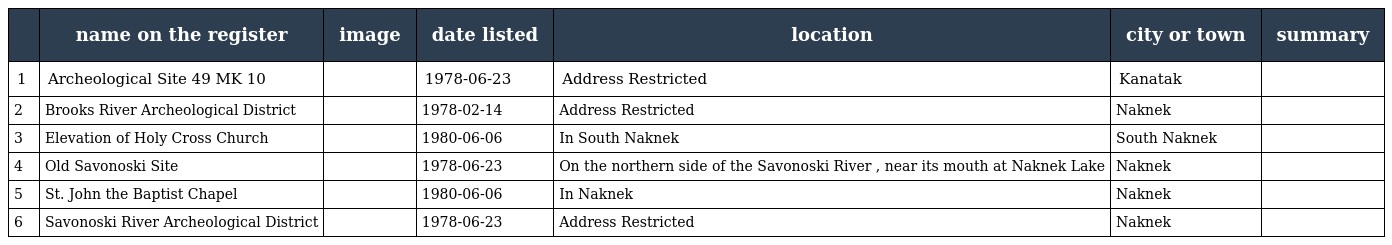
|  | name on the register | image | date listed | location | city or town | summary |
 | --- | --- | --- | --- | --- | --- | --- |
 | 1 | Archeological Site 49 MK 10 |  | 1978-06-23 | Address Restricted | Kanatak |  |
 | 2 | Brooks River Archeological District |  | 1978-02-14 | Address Restricted | Naknek |  |
 | 3 | Elevation of Holy Cross Church |  | 1980-06-06 | In South Naknek | South Naknek |  |
 | 4 | Old Savonoski Site |  | 1978-06-23 | On the northern side of the Savonoski River , near its mouth at Naknek Lake | Naknek |  |
 | 5 | St. John the Baptist Chapel |  | 1980-06-06 | In Naknek | Naknek |  |
 | 6 | Savonoski River Archeological District |  | 1978-06-23 | Address Restricted | Naknek |  |